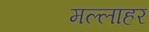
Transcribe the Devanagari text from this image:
मल्लाहर